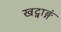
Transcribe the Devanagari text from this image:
खट्वाङ्गं